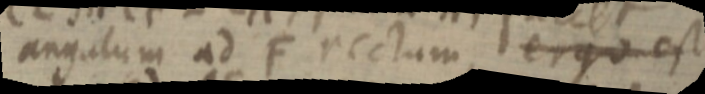
angulum ad F rectum ergo est